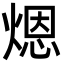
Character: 煾